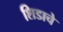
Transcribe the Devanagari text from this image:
शिडाचे